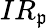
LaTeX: IR_{\mathfrak{p}}